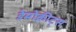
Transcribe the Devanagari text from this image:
डेमोक्रीट्स